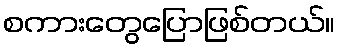
စကားတွေပြောဖြစ်တယ်။